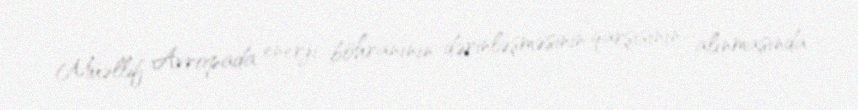
Müəllif Avropada enerji böhranının dərinləşməsinin qarşısının alınmasında